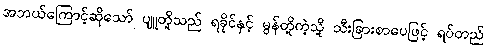
အဘယ်ကြောင့်ဆိုသော် ပျူတို့သည် ရခိုင်နှင့် မွန်တို့ကဲ့သို့ သီးခြားစာပေဖြင့် ရပ်တည်